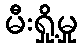
မီးရှို့မှု